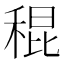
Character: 䅙